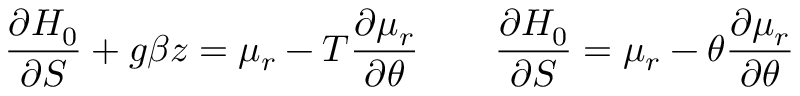
\frac { \partial { \cal H } _ { 0 } } { \partial S } + g \beta z = \mu _ { r } - T \frac { \partial \mu _ { r } } { \partial \theta } \qquad \frac { \partial { \cal H } _ { 0 } } { \partial S } = \mu _ { r } - \theta \frac { \partial \mu _ { r } } { \partial \theta }